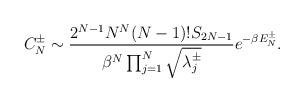
LaTeX: \begin{align*}C_N^\pm \sim \frac{ 2^{N-1} N^{N} (N-1)!S _{2N-1} }{ \beta^N \prod_{j=1}^N \sqrt{\lambda^\pm_j}} e^{-\beta E_N^\pm}. \end{align*}